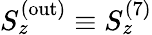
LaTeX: S_{z}^{(\mathrm{out})}\equiv S_{z}^{(\mathrm{7})}